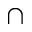
\cap